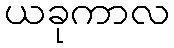
ယခုကာလ